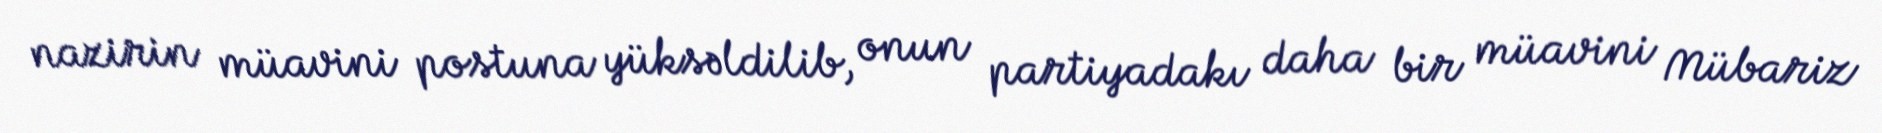
nazirin müavini postuna yüksəldilib, onun partiyadakı daha bir müavini Mübariz